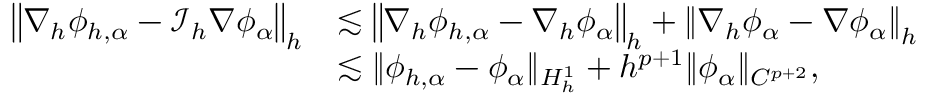
\begin{array} { r l } { \left\| \nabla _ { h } \phi _ { h , \alpha } - \mathcal { I } _ { h } \nabla \phi _ { \alpha } \right\| _ { h } } & { \lesssim \left\| \nabla _ { h } \phi _ { h , \alpha } - \nabla _ { h } \phi _ { \alpha } \right\| _ { h } + \left\| \nabla _ { h } \phi _ { \alpha } - \nabla \phi _ { \alpha } \right\| _ { h } } \\ & { \lesssim \| \phi _ { h , \alpha } - \phi _ { \alpha } \| _ { H _ { h } ^ { 1 } } + h ^ { p + 1 } \| \phi _ { \alpha } \| _ { C ^ { p + 2 } } , } \end{array}